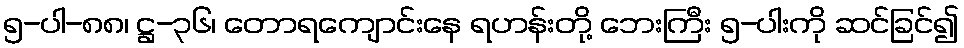
၅-ပါ-၈၈၊ ဋ္ဌ-၃၆၊ တောရကျောင်းနေ ရဟန်းတို့ ဘေးကြီး ၅-ပါးကို ဆင်ခြင်၍